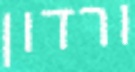
ורדון